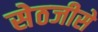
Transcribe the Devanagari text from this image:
सेठजीसे